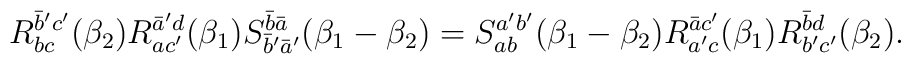
R_{bc}^{\bar b' c'} ( \beta_2) R_{a c'}^{\bar a' d} (\beta_1) S_{\bar  b' \bar a'}^{\bar b \bar a} (\beta_1 - \beta_2) = S_{ab}^{a' b'}  (\beta_1 - \beta_2) R_{a' c}^{\bar a c'} (\beta_1) R_{b' c'}^{\bar b  d} ( \beta_2).